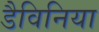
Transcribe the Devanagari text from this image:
डैविनिया